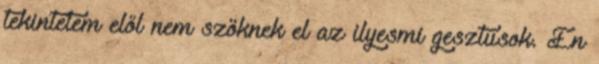
tekintetem elől nem szöknek el az ilyesmi gesztusok. Én